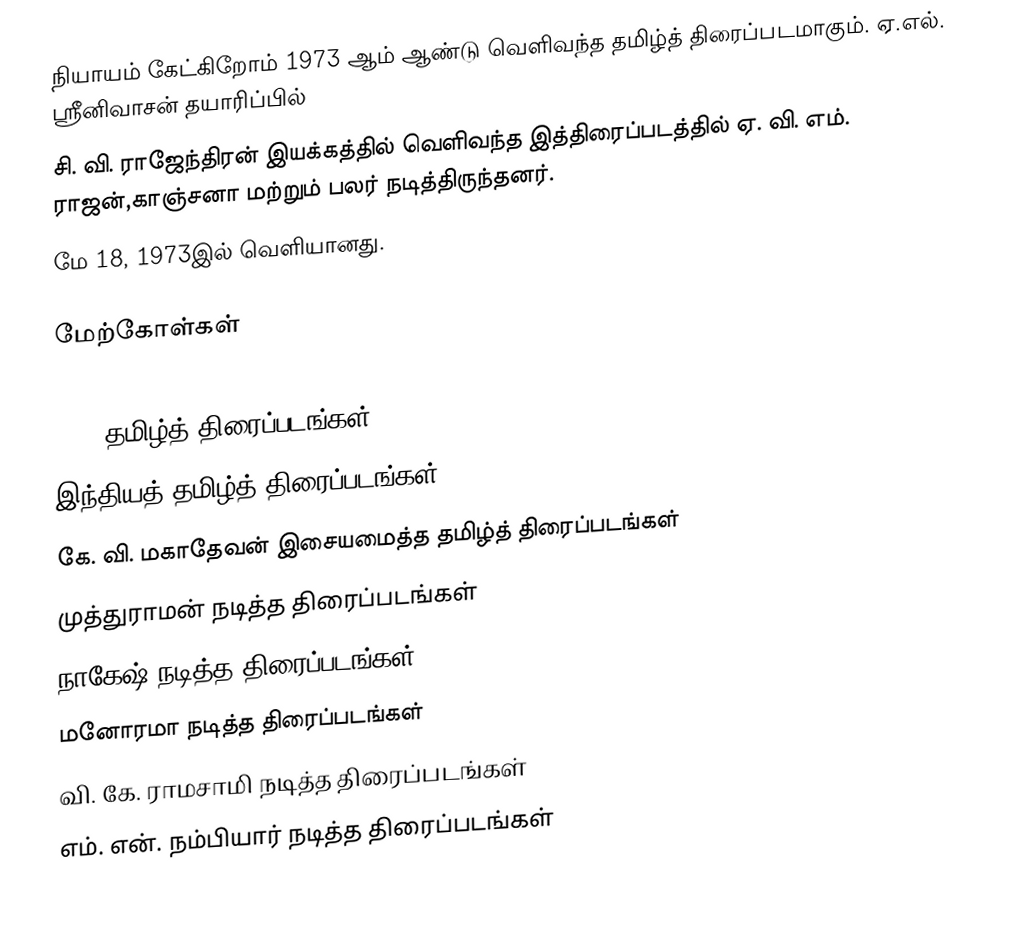
நியாயம் கேட்கிறோம் 1973 ஆம் ஆண்டு வெளிவந்த தமிழ்த் திரைப்படமாகும். ஏ.எல். ஶ்ரீனிவாசன்  தயாரிப்பில்
சி. வி. ராஜேந்திரன் இயக்கத்தில்  வெளிவந்த இத்திரைப்படத்தில் ஏ. வி. எம். ராஜன்,காஞ்சனா மற்றும் பலர் நடித்திருந்தனர்.
 மே 18, 1973இல் வெளியானது.

மேற்கோள்கள்

1973 தமிழ்த் திரைப்படங்கள்
இந்தியத் தமிழ்த் திரைப்படங்கள்
கே. வி. மகாதேவன் இசையமைத்த தமிழ்த் திரைப்படங்கள்
முத்துராமன் நடித்த திரைப்படங்கள்
நாகேஷ் நடித்த திரைப்படங்கள்
மனோரமா நடித்த திரைப்படங்கள்
வி. கே. ராமசாமி நடித்த திரைப்படங்கள்
எம். என். நம்பியார் நடித்த திரைப்படங்கள்